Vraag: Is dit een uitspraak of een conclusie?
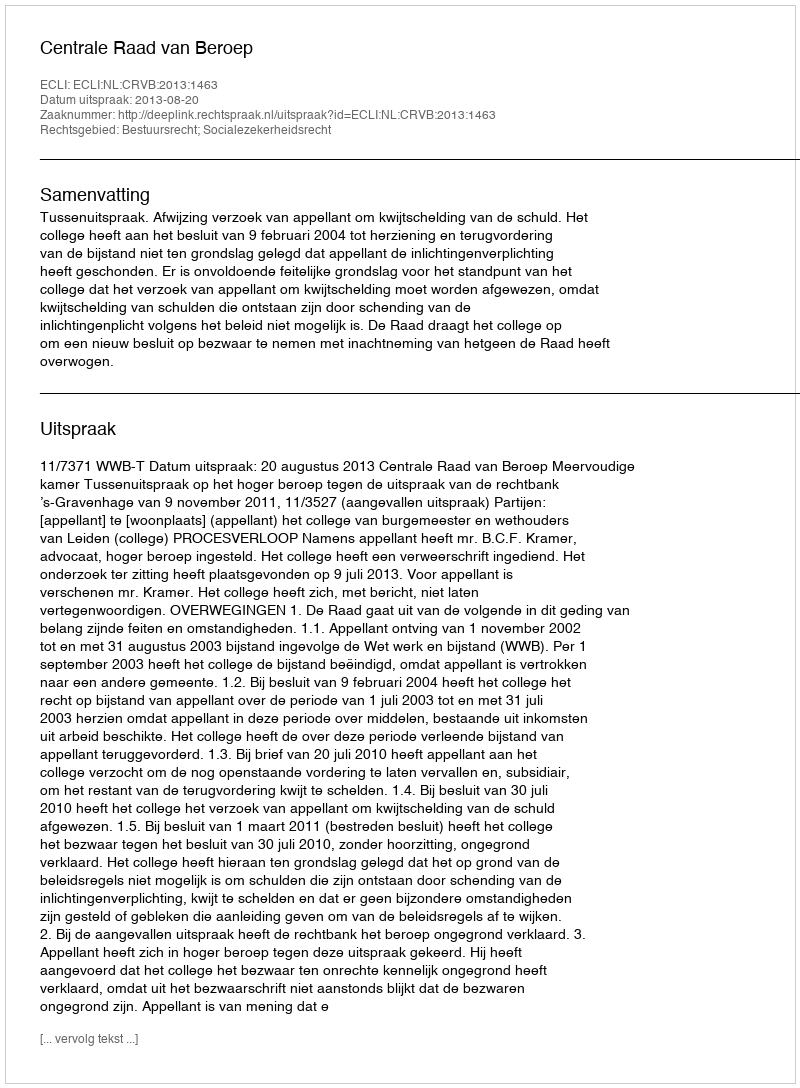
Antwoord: Uitspraak